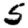
Digit: 5